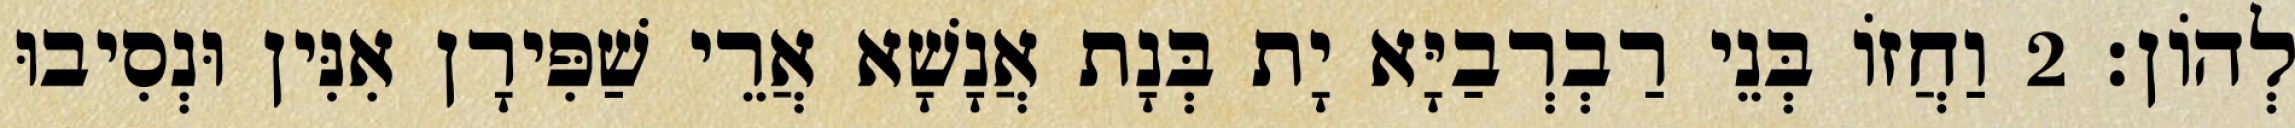
לְהוֹן׃ 2 וַחֲזוֹ בְּנֵי רַבְרְבַיָּא יָת בְּנָת אֲנָשָׁא אֲרֵי שַׁפִּירָן אִנִּין וּנְסִיבוּ